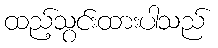
ထည့်သွင်းထားပါသည်